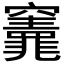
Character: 𮄣